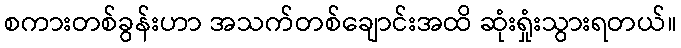
စကားတစ်ခွန်းဟာ အသက်တစ်ချောင်းအထိ ဆုံးရှုံးသွားရတယ်။